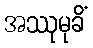
အဿုမုခိံ